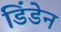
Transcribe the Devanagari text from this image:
डिंडेन